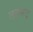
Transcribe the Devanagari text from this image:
तहमद